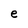
Character: e